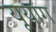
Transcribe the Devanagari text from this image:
यूयांग